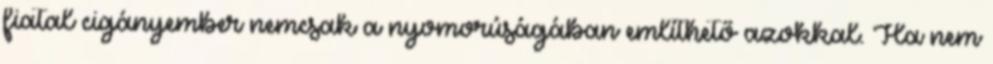
fiatal cigányember nemcsak a nyomorúságában említhető azokkal. Ha nem